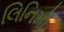
લિનિમો